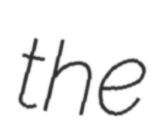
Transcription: the